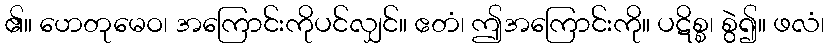
၏။ ဟေတုမေဝ၊ အကြောင်းကိုပင်လျှင်။ ဧတံ၊ ဤအကြောင်းကို။ ပဋိစ္စ၊ စွဲ၍။ ဖလံ၊